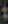
: